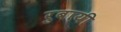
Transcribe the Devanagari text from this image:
रुबायी